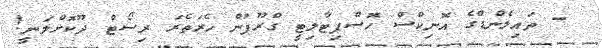
- ތައިލެންޑްގެ އޮނިކްސް ހޮސްޕިޓާލިޓީ ގްރޫޕުން ހެރަތެރަ ރިސޯޓް ދޫކޮށްލަނީ!